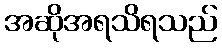
အဆိုအရသိရသည်